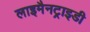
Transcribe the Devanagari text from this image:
लाइमैनट्राइडी